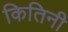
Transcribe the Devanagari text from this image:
कितिनी